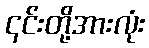
၎င်းတို့အားလုံး